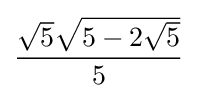
{\frac {{\sqrt {5}}{\sqrt {5-2{\sqrt {5}}}}}{5}}